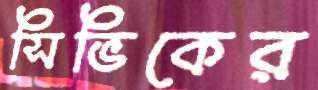
সিভিকের